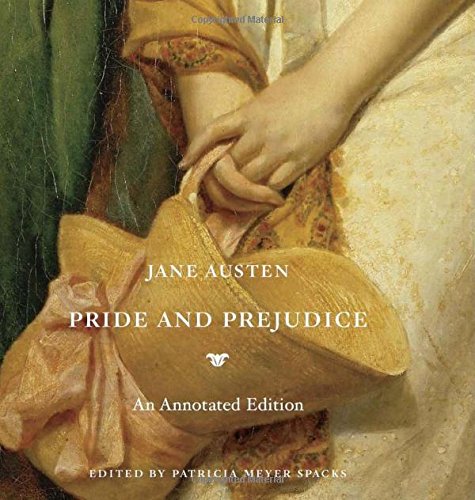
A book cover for Pride and Prejudice: An Annotated Edition; Jane Austen; Romance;